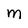
Character: M